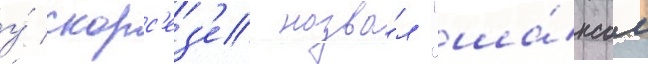
у́ скорс'ез'е назва́л "ша́нсом